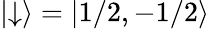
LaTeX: |{\downarrow}\rangle={|1/2,-1/2}\rangle